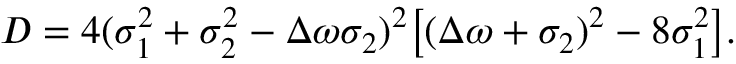
D = 4 ( \sigma _ { 1 } ^ { 2 } + \sigma _ { 2 } ^ { 2 } - \Delta \omega \sigma _ { 2 } ) ^ { 2 } \big [ ( \Delta \omega + \sigma _ { 2 } ) ^ { 2 } - 8 \sigma _ { 1 } ^ { 2 } \big ] .